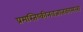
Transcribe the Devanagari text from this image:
प्रमस्तिष्कीनवजातकामला